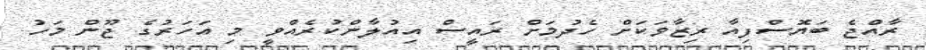
ރާއްޖެ ބަޔޮސްފިއާ ރިޒާވަކަށް ހެދުމަށް ރައީސް އިއުލާންކުރެއްވީ މި އަހަރުގެ ޖޫން މަހު